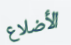
الأضلاع